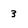
Character: 3